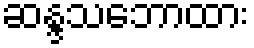
ဆန္ဒသဘောထား